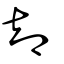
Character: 卻